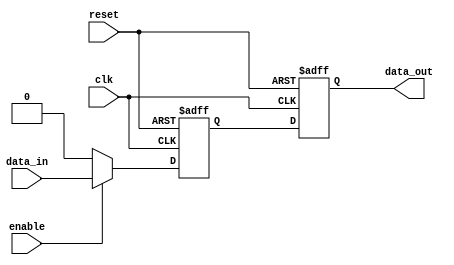
module transmission_gate_delay (
  input wire clk,
  input wire reset,
  input wire enable,
  input wire data_in,
  output reg data_out
);

reg gated_data_in;
reg gated_data_out;

always @(posedge clk or posedge reset) begin
  if (reset) begin
    gated_data_in <= 1'b0;
    gated_data_out <= 1'b0;
  end else begin
    gated_data_in <= enable ? data_in : 1'b0;
    gated_data_out <= gated_data_in;
  end
end

assign data_out = gated_data_out;

endmodule